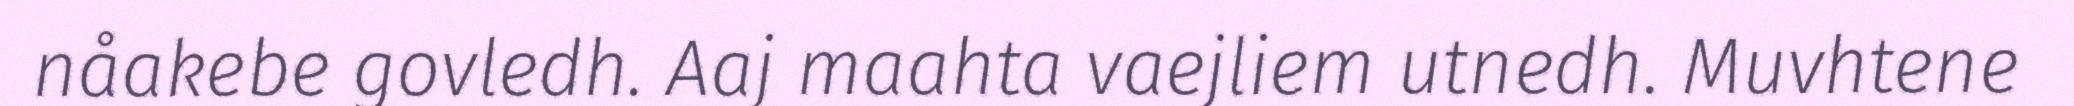
nåakebe govledh. Aaj maahta vaejliem utnedh. Muvhtene